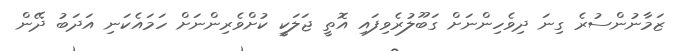
ޒަމާނުންސުރެ ގިނަ ދިވެހިންނަށް ގަބޫލުރެވިފައި އޮތީ ޖަލަކީ ކުށްވެރިންނަށް ހަމައެކަނި އަދަބު ދޭން